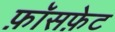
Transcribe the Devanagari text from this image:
फ़ॉसफ़ेट